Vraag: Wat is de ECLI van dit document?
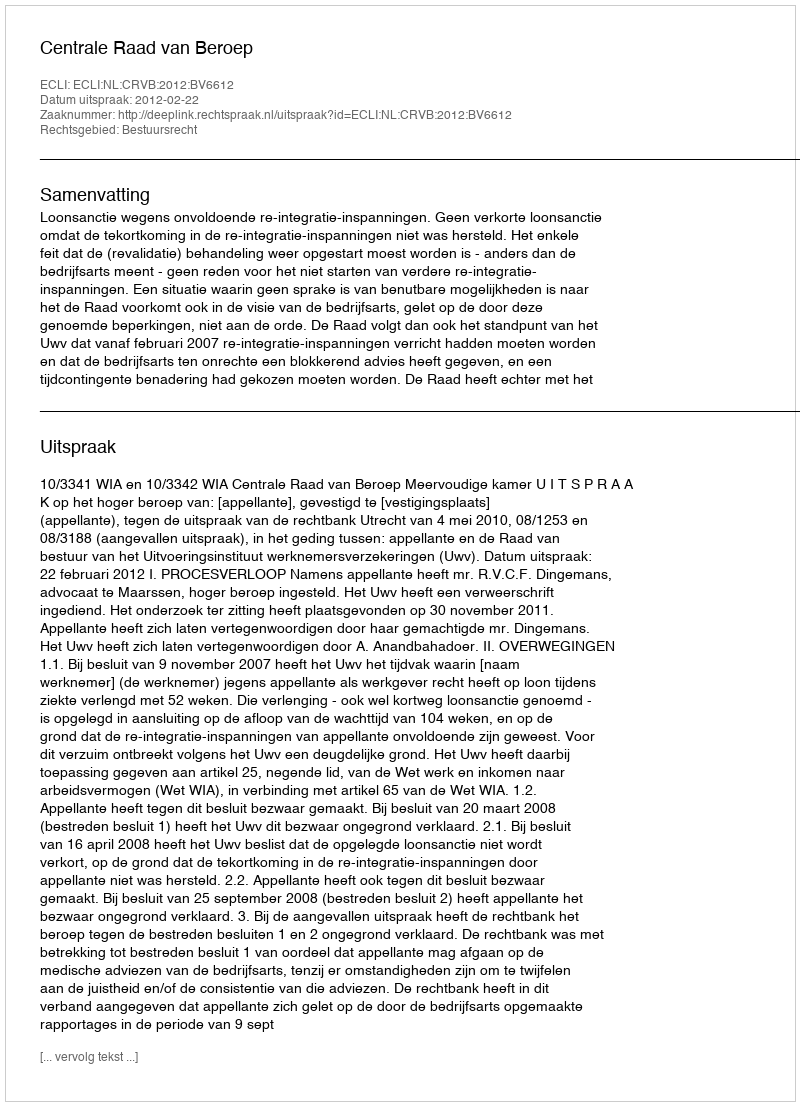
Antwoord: ECLI:NL:CRVB:2012:BV6612